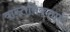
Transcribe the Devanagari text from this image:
वास्तविकताएॅ